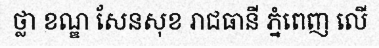
ថ្លា ខណ្ឌ សែនសុខ រាជធានី ភ្នំពេញ លើ